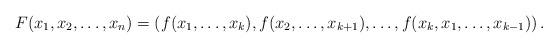
LaTeX: \begin{align*}F(x_1,x_2,\ldots,x_n)=\left(f(x_1,\ldots,x_k),f(x_2,\ldots,x_{k+1}),\ldots, f(x_{k},x_1,\ldots,x_{k-1})\right).\end{align*}